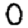
Digit: 0